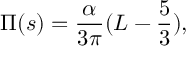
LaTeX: \Pi ( s ) = \frac { \alpha } { 3 \pi } ( L - \frac { 5 } { 3 } ) ,